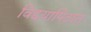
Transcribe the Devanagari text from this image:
विद्दयापिठात